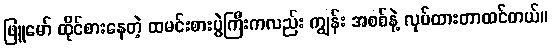
ဖြူမော် ထိုင်စားနေတဲ့ ထမင်းစားပွဲကြီးကလည်း ကျွန်း အစစ်နဲ့ လုပ်ထားတာထင်တယ်။